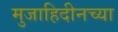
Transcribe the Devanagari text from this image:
मुजाहिदीनच्या